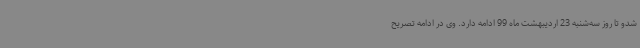
شدو تا روز سه‌شنبه 23 اردیبهشت ماه 99 ادامه دارد. وی در ادامه تصریح